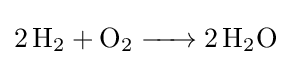
{\ce {2H2 + O2 -> 2H2O}}